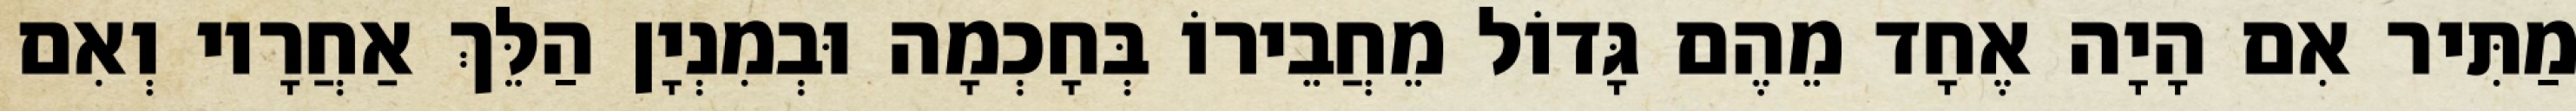
מַתִּיר אִם הָיָה אֶחָד מֵהֶם גָּדוֹל מֵחֲבֵירוֹ בְּחָכְמָה וּבְמִנְיָן הַלֵּךְ אַחֲרָיו וְאִם